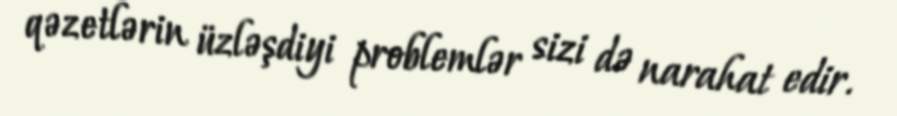
qəzetlərin üzləşdiyi problemlər sizi də narahat edir.